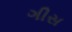
ગીસ